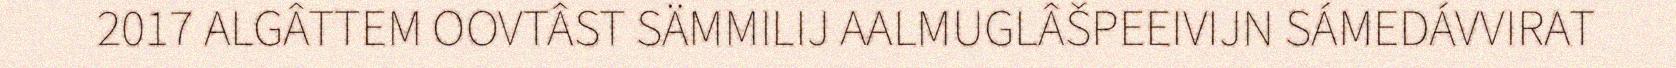
2017 ALGÂTTEM OOVTÂST SÄMMILIJ AALMUGLÂŠPEEIVIJN SÁMEDÁVVIRAT